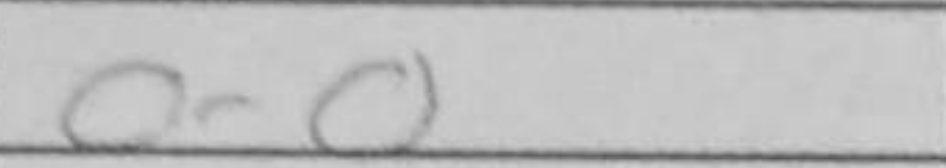
Transcription: O-O